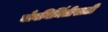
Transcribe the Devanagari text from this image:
बाँबनिर्मितीसाठी